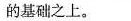
的基础之上。